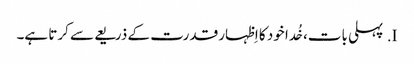
I.	پہلی بات، خُدا خود کا اِظہار قدرت کے ذریعے سے کرتا ہے۔